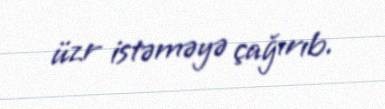
üzr istəməyə çağırıb.